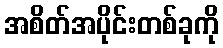
အစိတ်အပိုင်းတစ်ခုကို